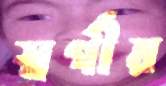
স্বর্গীয়